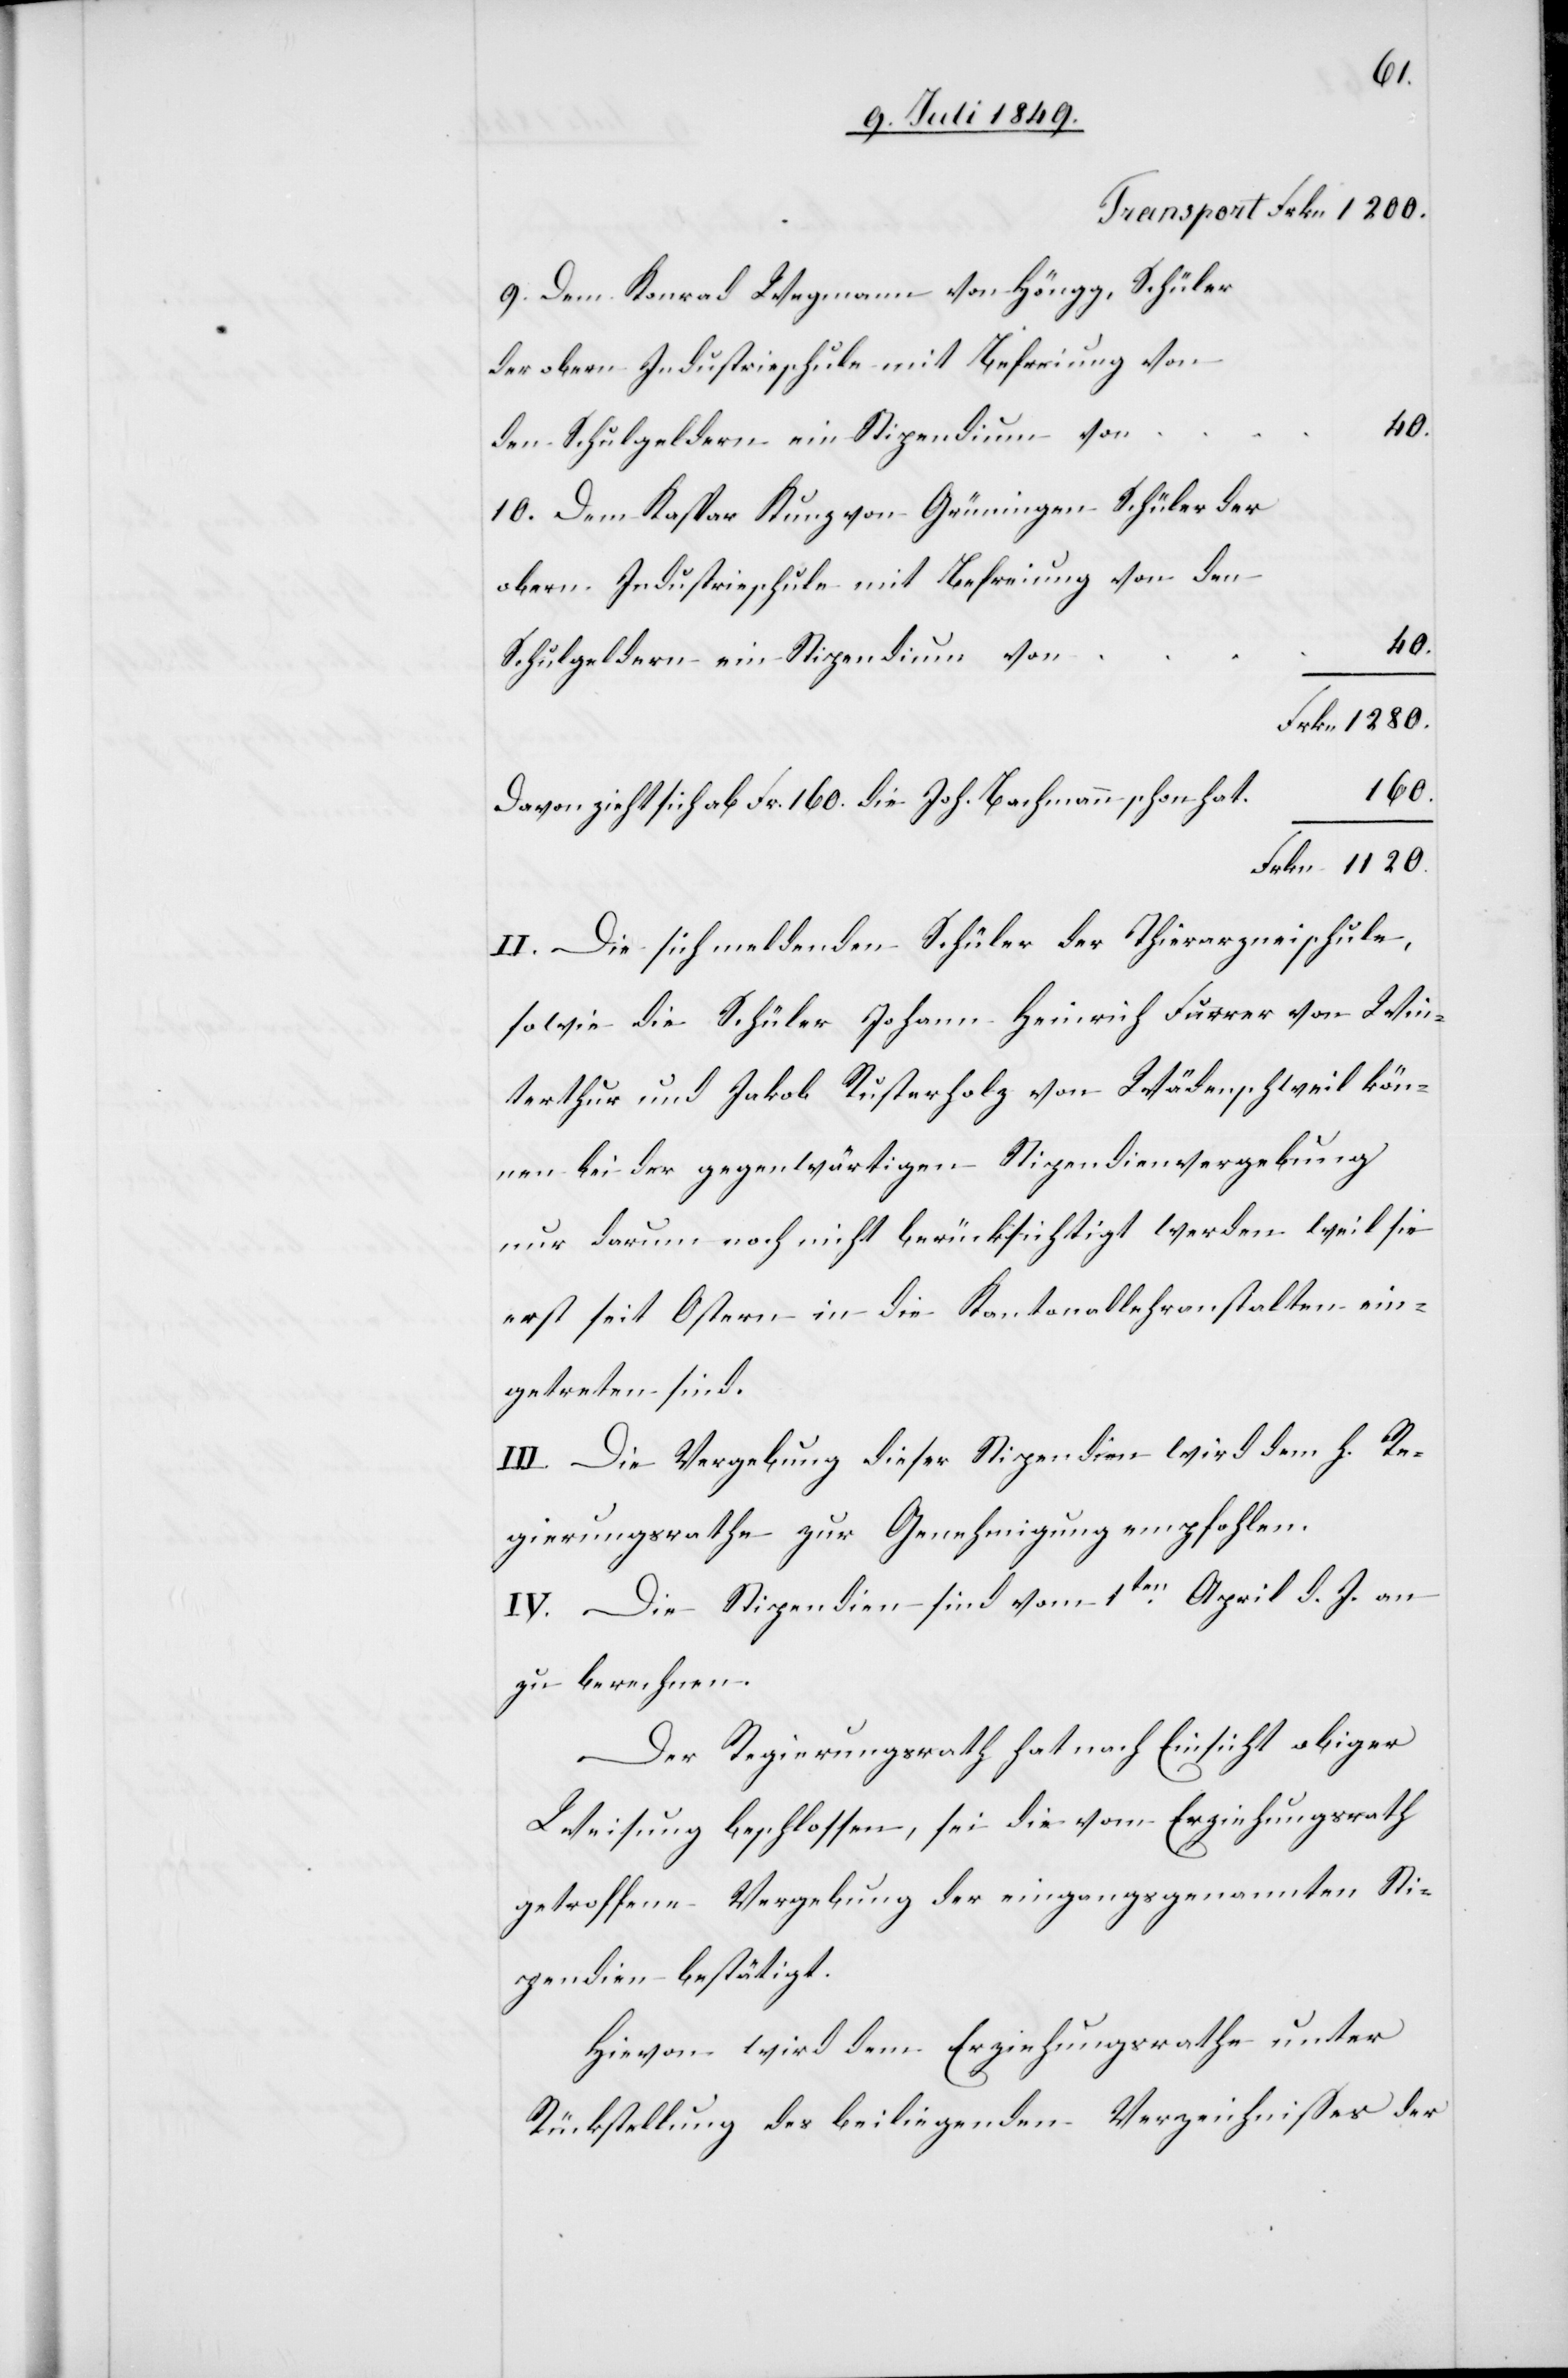
Transport	Frkn.	1 200.
9. Dem Konrad Wegmann von Höngg, Schüler
10. Dem Kaspar Kunz von Grüningen Schüler der
Industrieschule mit Befreiung von den
Davon zieht sich ab Fr. 160. die Joh. Bachmann schon ha¬
Frkn.	1 120.
II. Die sich meldenden Schüler der Thierarzneischule,
sowie die Schüler Johann Heinrich Furrer von Win¬
terthur und Jakob Rusterholz von Wädenschweil kön¬
nen bei der gegenwärtigen Stipendienvergebung
nur darum noch nicht berücksichtigt werden weil sie
erst seit Ostern in die Kantonallehranstalten ein¬
getreten sind.
III. Die Vergebung dieser Stipendien wird dem h. Re¬
gierungsrathe zur Genehmigung empfohlen.
IV. Die Stipendien sind vom 1ten April d. J. an
zu berechnen.
Der Regierungsrath hat nach Einsicht obiger
t.		160.
Weisung beschlossen, sei die vom Erziehungsrath
getroffene Vergebung der eingangsgenannten Sti¬
pendien bestätigt.
Hievon wird dem Erziehungsrathe unter
Rückstellung des beiligenden Verzeichnisses der